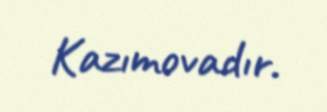
Kazımovadır.